Source: Handwritten
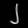
Digit: ၂ (2)